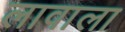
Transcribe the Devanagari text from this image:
लावाला